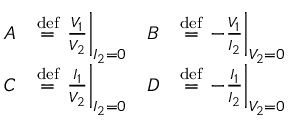
{ \begin{array} { r l r l } { A } & { \mathrel { \stackrel { \mathrm { d e f } } { = } } \left. { \frac { V _ { 1 } } { V _ { 2 } } } \right| _ { I _ { 2 } = 0 } } & { B } & { \mathrel { \stackrel { \mathrm { d e f } } { = } } \left. - { \frac { V _ { 1 } } { I _ { 2 } } } \right| _ { V _ { 2 } = 0 } } \\ { C } & { \mathrel { \stackrel { \mathrm { d e f } } { = } } \left. { \frac { I _ { 1 } } { V _ { 2 } } } \right| _ { I _ { 2 } = 0 } } & { D } & { \mathrel { \stackrel { \mathrm { d e f } } { = } } \left. - { \frac { I _ { 1 } } { I _ { 2 } } } \right| _ { V _ { 2 } = 0 } } \end{array} }